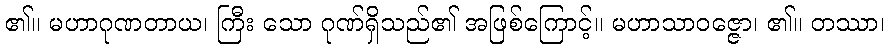
၏။ မဟာဂုဏတာယ၊ ကြီး သော ဂုဏ်ရှိသည်၏ အဖြစ်ကြောင့်။ မဟာသာဝဇ္ဇော၊ ၏။ တဿာ၊